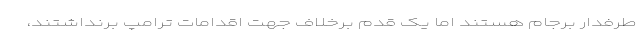
طرفدار برجام هستند اما یک قدم برخلاف جهت اقدامات ترامپ برنداشتند،